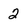
Character: 2